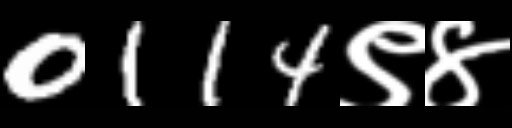
Text: 0114९४